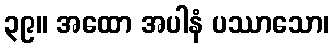
၃၉။ အထော အပါနံ ပဿာသော၊